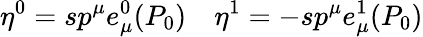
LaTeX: \eta^{0}=sp^{\mu}e_{\mu}^{0}(P_{0})\ \ \ \ \eta^{1}=-sp^{\mu}e_{\mu}^{1}(P_{0})